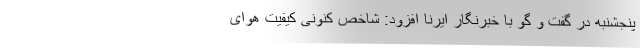
پنجشنبه در گفت و گو با خبرنگار ایرنا افزود: شاخص کنونی کیفیت هوای